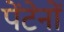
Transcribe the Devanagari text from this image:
पेंटेनों